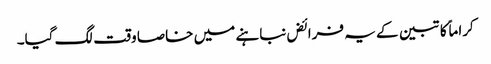
کراماً کاتبین کے یہ فرائض نباہنے میں خاصا وقت لگ گیا۔